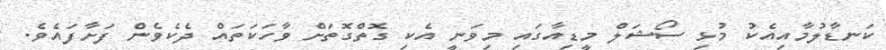
ކަނޑާލުމާއިއެކު މުޅި ސޯޝަަލް މީޑިއާގައި މިވަނީ އެކި ގޮތްގޮތަށް ވާހަކަތައް ދެކެވެން ފަށާފައެވެ.